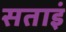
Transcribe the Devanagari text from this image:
सताइं